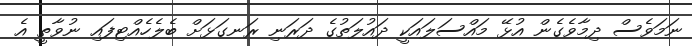
ނަމަވެސް ދިމާވެގެން އުޅޭ މައްސަލައަކީ ދައުލަތުގެ ދަރަނި ރަނގަޅަށް ބެލެހެއްޓިފައި ނުވާތީ އެ